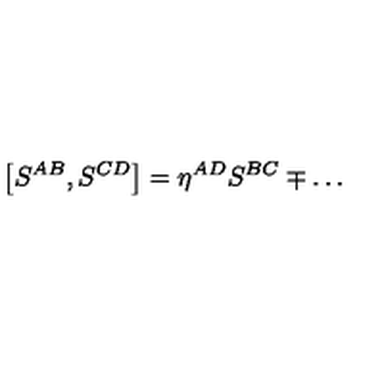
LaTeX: \left[ S ^ { A B } , S ^ { C D } \right] = \eta ^ { A D } S ^ { B C } \mp \ldots